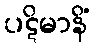
ပဋိမာနိံ